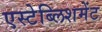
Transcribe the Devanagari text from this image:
एस्टेब्लिशमेंट